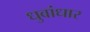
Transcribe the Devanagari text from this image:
धुवांधार